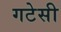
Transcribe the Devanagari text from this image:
गटेसी